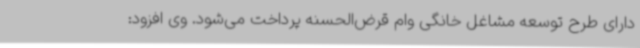
دارای طرح توسعه مشاغل خانگی وام قرض‌الحسنه پرداخت می‌شود. وی افزود: